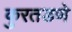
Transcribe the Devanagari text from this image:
कुरतडणे